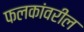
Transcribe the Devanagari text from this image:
फलकांवरील